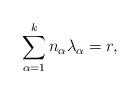
LaTeX: \begin{align*}\sum_{\alpha=1}^{k}n_{\alpha}\lambda_{\alpha}=r, \end{align*}